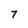
Character: 7